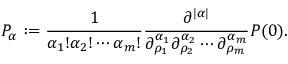
P _ { \alpha } : = \frac { 1 } { \alpha _ { 1 } ! \alpha _ { 2 } ! \cdots \alpha _ { m } ! } \frac { \partial ^ { | \alpha | } } { \partial _ { \rho _ { 1 } } ^ { \alpha _ { 1 } } \partial _ { \rho _ { 2 } } ^ { \alpha _ { 2 } } \cdots \partial _ { \rho _ { m } } ^ { \alpha _ { m } } } P ( 0 ) .